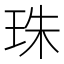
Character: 珠